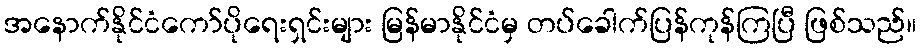
အနောက်နိုင်ငံကော်ပိုရေးရှင်းများ မြန်မာနိုင်ငံမှ တပ်ခေါက်ပြန်ကုန်ကြပြီ ဖြစ်သည်။